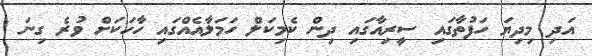
އަދި މިދިޔަ ހަފުތާގައި ސީރިއާގައި ދިން ކެމިކަލް ހަމަލާއެއްގައި ހާހަކަށް ވުރެ ގިނަ